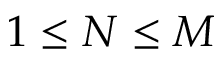
1 \leq N \leq M